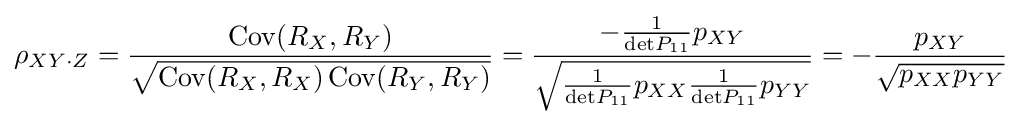
\rho _{XY\cdot Z}={\frac {\operatorname {Cov} (R_{X},R_{Y})}{\sqrt {\operatorname {Cov} (R_{X},R_{X})\operatorname {Cov} (R_{Y},R_{Y})}}}={\frac {-{\tfrac {1}{{\text{det}}P_{11}}}p_{XY}}{\sqrt {{\tfrac {1}{{\text{det}}P_{11}}}p_{XX}{\tfrac {1}{{\text{det}}P_{11}}}p_{YY}}}}=-{\frac {p_{XY}}{\sqrt {p_{XX}p_{YY}}}}